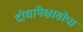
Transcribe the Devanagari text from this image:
दोघांपेक्षासोपा